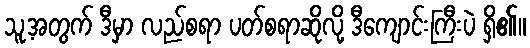
သူ့အတွက် ဒီမှာ လည်စရာ ပတ်စရာဆိုလို့ ဒီကျောင်းကြီးပဲ ရှိ၏။